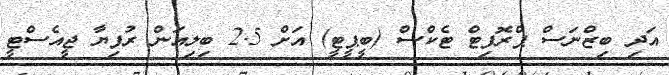
އަދި ބިޒްނަސް ޕްރޮފިޓް ޓެކްސް (ބީޕީޓީ) އަށް 2.5 ބިލިއަން ރުފިޔާ ޖީއެސްޓީ